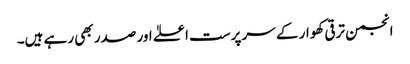
انجمن ترقی کھوار کے سر پرست اعلےٰ اور صدر بھی رہے ہیں۔